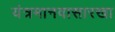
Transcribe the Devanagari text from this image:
यंत्रमानवासारखा